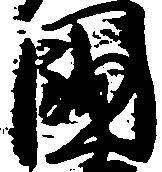
国